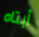
أبتاه